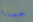
حسنا